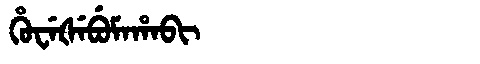
Manchu: ᡥᡠᠸᡝᡧᡝᠪᡠᠮᠠᡥᠠᠪᡳ
Romanization: HUWEŠEBUMAHABI